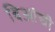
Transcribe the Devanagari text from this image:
बिआंची